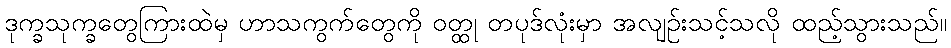
ဒုက္ခသုက္ခတွေကြားထဲမှ ဟာသကွက်တွေကို ဝတ္ထု တပုဒ်လုံးမှာ အလျဉ်းသင့်သလို ထည့်သွားသည်။